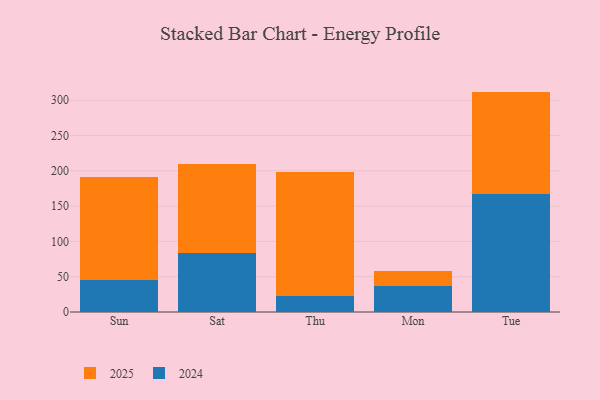
{"axis": {"x": "Day", "y": "Gross Profit (USD K)"}, "legend": ["2024", "2025"], "data": [{"x": "Sun", "y": 145.1, "type": "2025"}, {"x": "Sun", "y": 45.7, "type": "2024"}, {"x": "Sat", "y": 126.0, "type": "2025"}, {"x": "Sat", "y": 83.7, "type": "2024"}, {"x": "Thu", "y": 175.8, "type": "2025"}, {"x": "Thu", "y": 22.3, "type": "2024"}, {"x": "Mon", "y": 22.0, "type": "2025"}, {"x": "Mon", "y": 36.8, "type": "2024"}, {"x": "Tue", "y": 145.6, "type": "2025"}, {"x": "Tue", "y": 166.7, "type": "2024"}]}